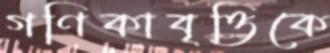
গণিকাবৃত্তিকে